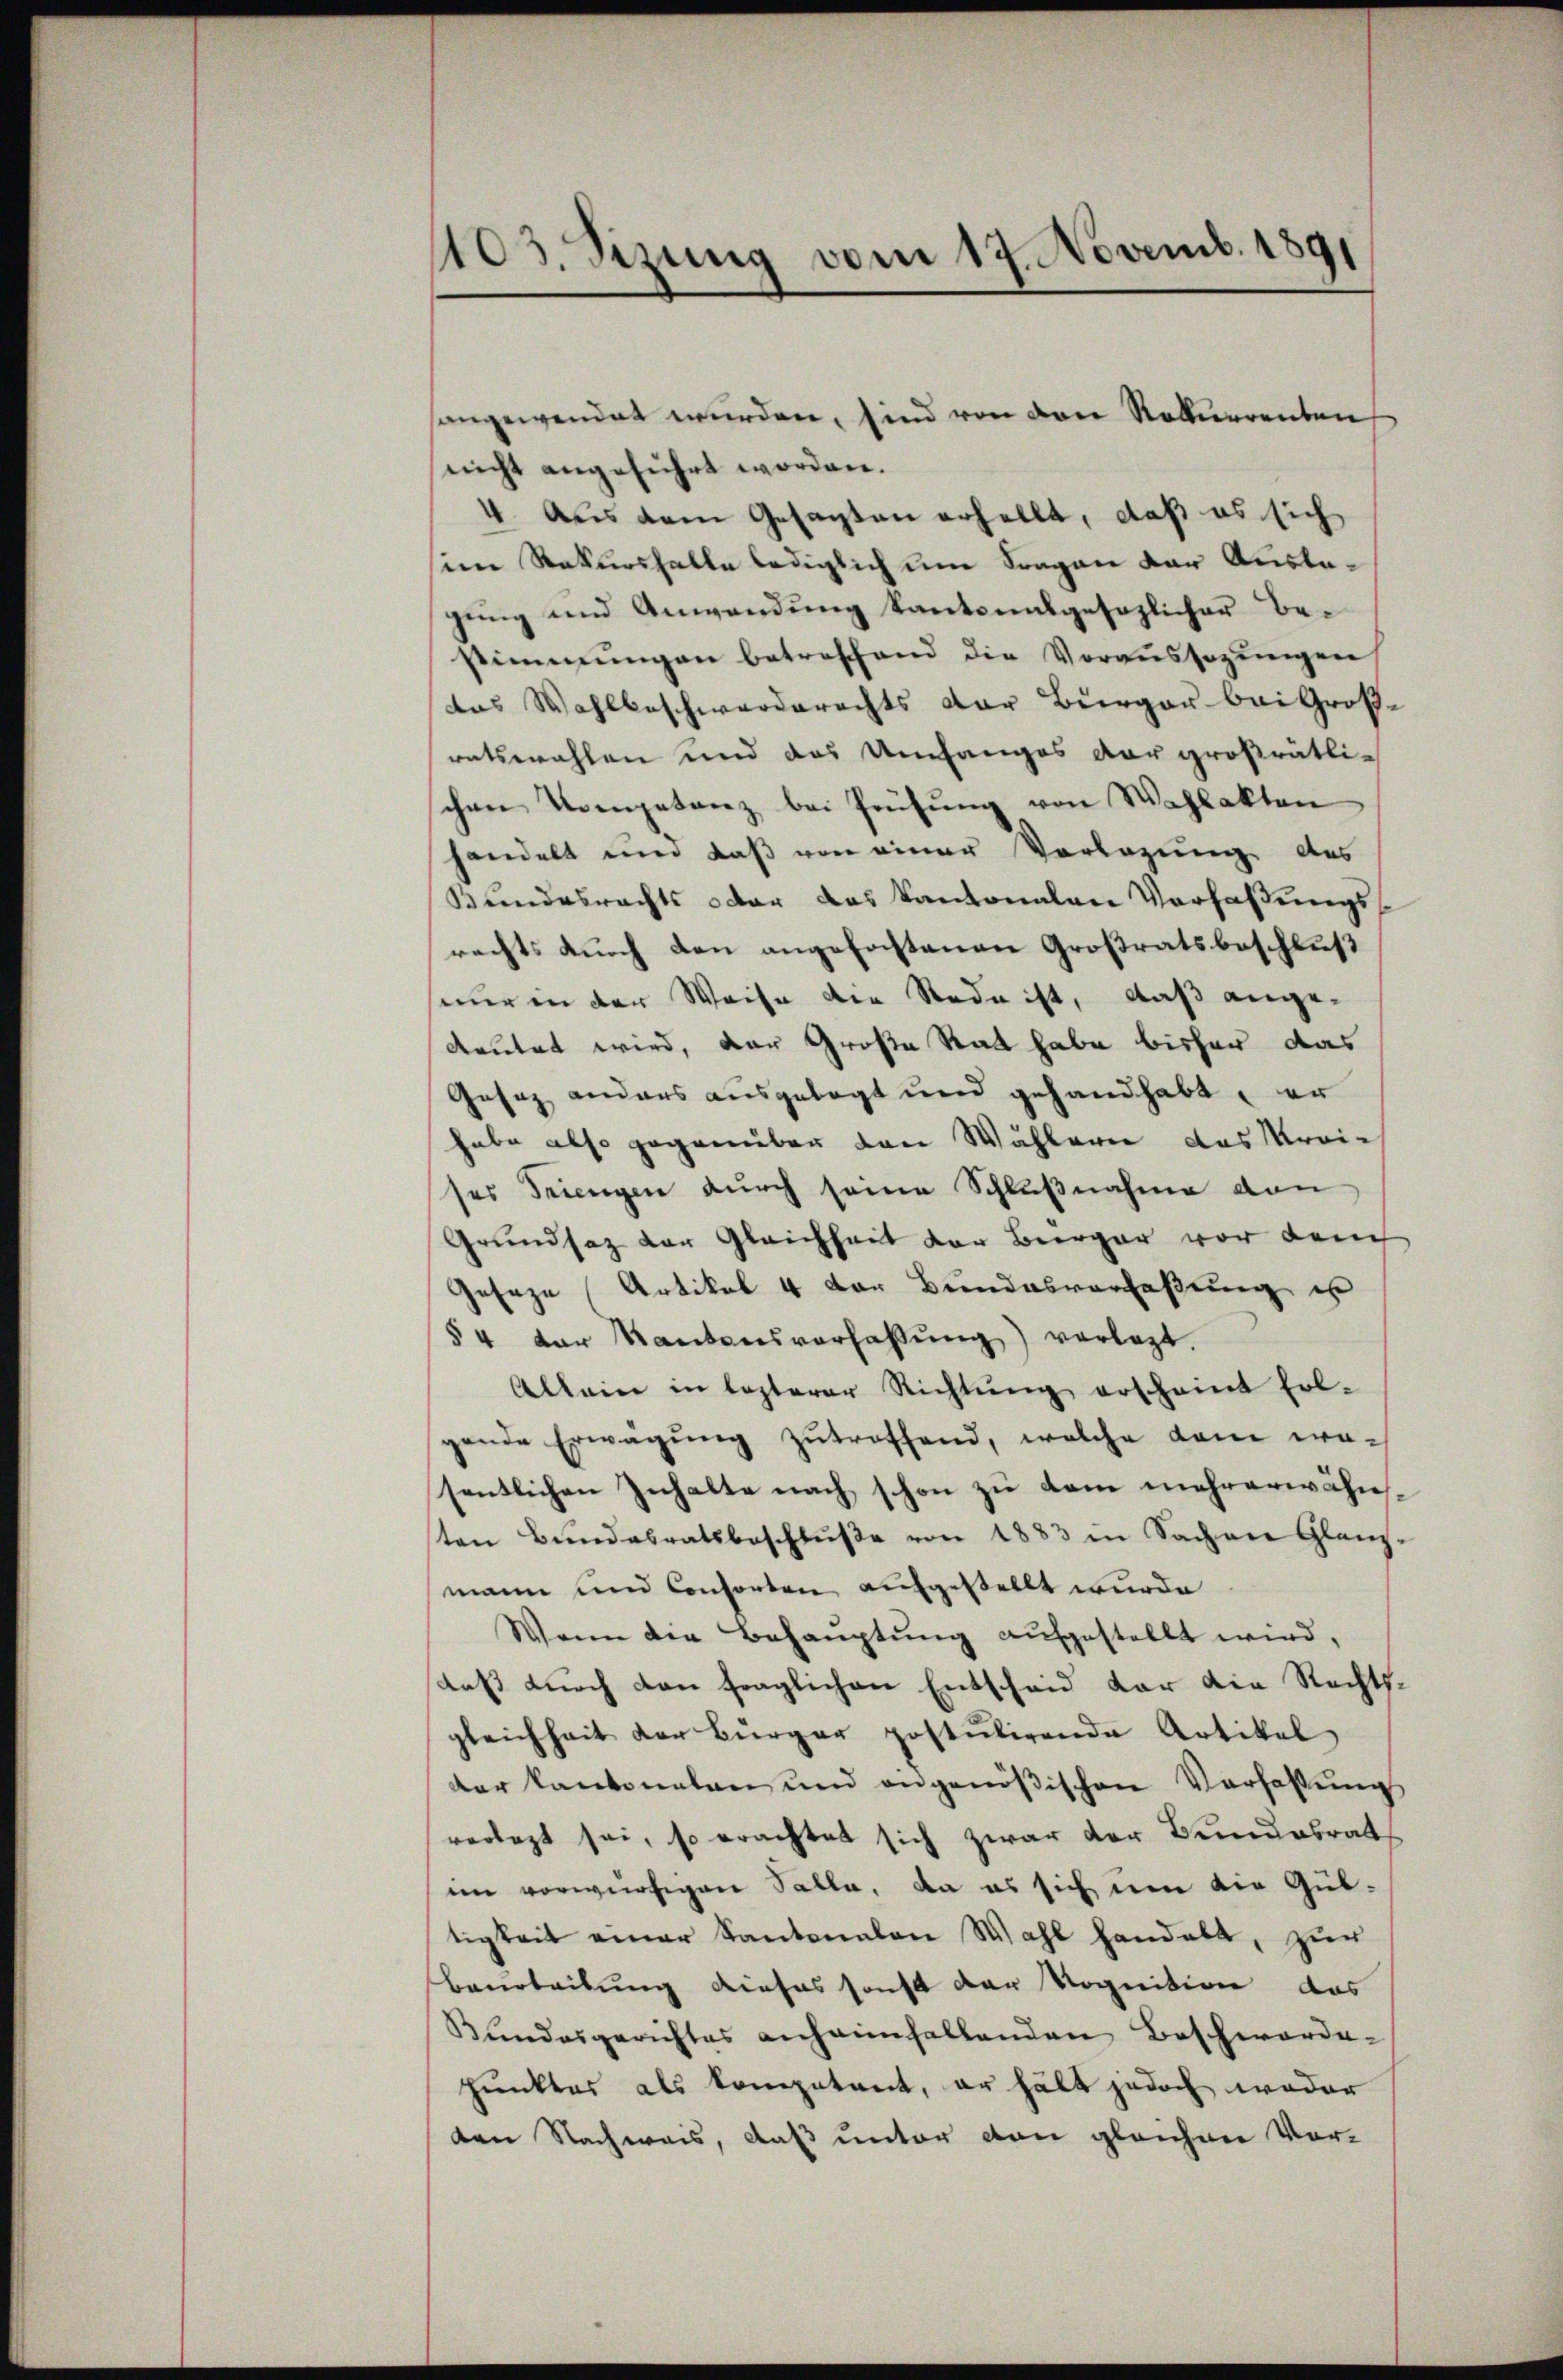
103. Sizung vom 17. Novemb. 1891

nicht angeführt worden.
4. Aus dem Gesagten erhellt, daß es sich
sine Rekurshalte lediglich um Fragen der Auslagung und Anwendung kantonalgesezlicher Bestimmungen betreffend die Voraussagungen
das Wahlbeschwerderechts der Bürger bei Großratswahlen und das Umfanges dar großrätlichen Kompetanz bei Prüfŭng von Wahlakten
handelt und daß von einer Vorlegung des
Bundesrechts oder das Kantonalen Verfaßungsrechts durch den angefochtenen Großratsbeschluß
seur in der Weise die Rede ist, daß angedeutet wird, der Große Rat habe bisher das
Gesez anders ausgelegt und gehandhabt, er
habe also gegenüber den Wählern das Kreises Seiengen durch seine Schlußnahme von
Grundsatz der Gleichheit der Beerger vor dem
Geseze (Artikel 4 der Bundesverfaßung is
§ 4 der Kantonsverfassŭng vorlegt.
Allein in lezterer Richtŭng erscheint fol-
gende Erwägŭng zŭtroffend, welche dem wasentlichen Inhalte nach schon zu dem mehrerwähnten Bundesratsbeschlŭβe von 1883 in Sachen Glanzmann und Consorten aufgestellt wurde
Wenn die Behauptung aufgestellt wird,
daß durch den fraglichen Entscheid der die Rechtsgleichheit der Bürger postulirende Artikel
der kantonalen und angenößischen Verfassung
verlegt sei, so erachtet sich zwar der Benuesrat
im vorwürfigen Talla, da es sich um die Guttigkeit einer Kantonalen Wahl handelt, zur
Baarbeitung dieses sonst der Vognition das
Bŭndesgerichtes anheimfallenden Beschwarde-
punktes als kompetent, er hält jedoch weder
den Nachweis, daß unter von gleichen Vor-

angewendet wurden, sind von den Rekurrenten